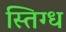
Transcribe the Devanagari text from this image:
स्तिग्ध